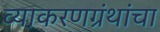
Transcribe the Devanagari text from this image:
व्याकरणग्रंथांचा